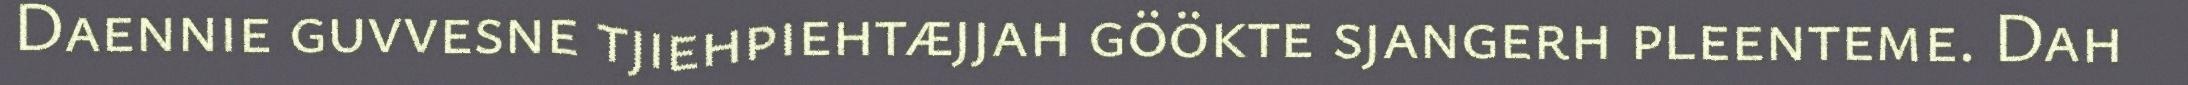
Daennie guvvesne tjiehpiehtæjjah göökte sjangerh pleenteme. Dah